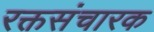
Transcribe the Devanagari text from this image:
रक्तसंचारक